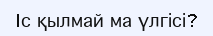
Iс қылмай ма үлгісі?